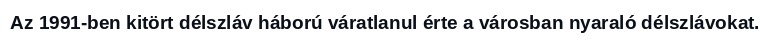
Az 1991-ben kitört délszláv háború váratlanul érte a városban nyaraló délszlávokat.